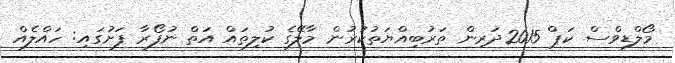
މޯލްޑިވްސް ކަޕް 2015ދަރިން ތަރުބިއްޔަތުކުރުން މާލޭގެ ކުލިތައް އަތް ނުފޯރާ ފަށުގައި: ހައްލެއް